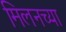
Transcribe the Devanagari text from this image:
मिलनच्या